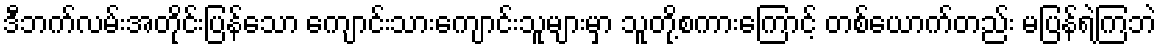
ဒီဘက်လမ်းအတိုင်းပြန်သော ကျောင်းသားကျောင်းသူများမှာ သူတို့စကားကြောင့် တစ်ယောက်တည်း မပြန်ရဲကြဘဲ